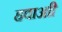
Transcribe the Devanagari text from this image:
हवाआी